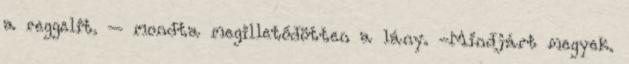
a reggelit. – mondta megilletődötten a lány. -Mindjárt megyek.